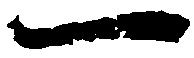
一